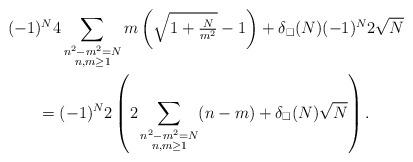
LaTeX: \begin{gather*}(-1)^N 4 \sum_{\substack{n^2-m^2=N \\ n,m\geq 1}} m \left( \sqrt{1+\tfrac{N}{m^2}} - 1 \right) + \delta_\square(N) (-1)^N 2\sqrt{N} \\ = (-1)^N 2\left( 2\sum_{\substack{n^2-m^2=N \\ n,m\geq 1}} (n-m) + \delta_\square(N)\sqrt{N}\right).\end{gather*}